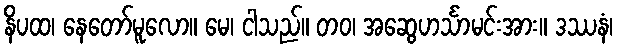
နိပထ၊ နေတော်မူလော။ မေ၊ ငါသည်။ တဝ၊ အဆွေဟင်္သာမင်းအား။ ဒဿနံ၊